Vital statistics of India. Vol. IV, Annual returns from 1871 to 1876. British Army of India, Native Army and jails of Bengal
Year: 1871
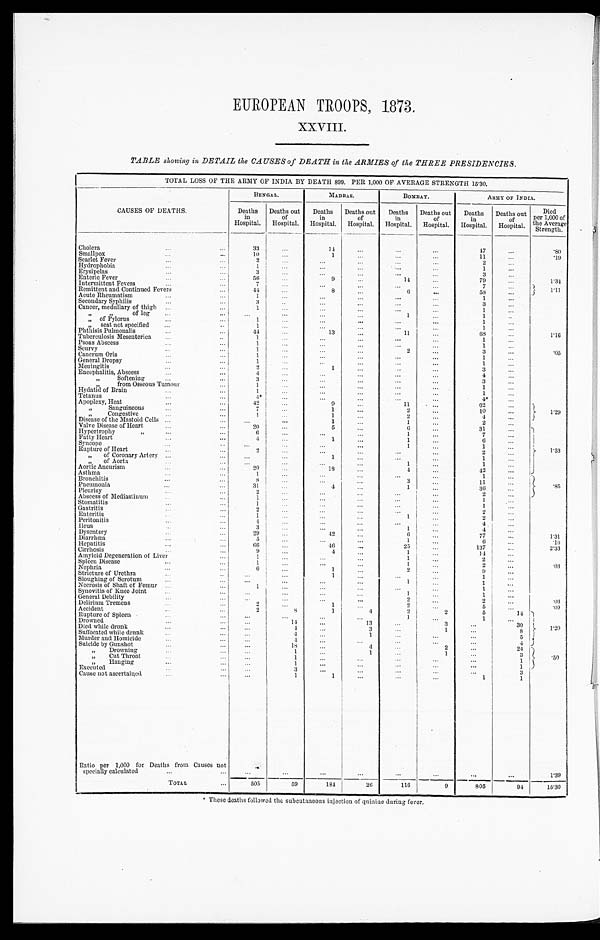
EUROPEAN TROOPS, 1873.
XXVIII.
TABLE showing in DETAIL the CAUSES of DEATH in the ARMIES of the THREE PRESIDENCIES.
TOTAL LOSS OF THE ARMY OF INDIA BY DEATH 899. PER 1,000 OF AVERAGE STRENGTH 15.30.
CAUSES OF DEATHS.
BENGAL.
MADRAS.
BOMBAY.
ARMY OF INDIA.
Deaths
in
Hospital.
Deaths out
of
Hospital.
Deaths
in
Hospital.
Deaths out
of
Hospital
Deaths
in
Hospital.
Deaths out
of
Hospital.
Deaths
in
Hospital.
Deaths out
of
Hospital.
Died
Per 1,000 of
the Average
Strength.
Cholera . . .
33
. . . .
14
. . . .
. . . .
. . . .
47
. . . .
.80
Smallpox. . . .
10
. . . .
1 . . . .
. . . .
. . . .
11 . . . .
.19
Scarlet Fever. . . .
2
. . . .
. . . .
. . . .
. . . .
. . . .
2 . . . .
Hydrophobia. . . .
1
. . . .
. . . .
. . . .
. . . .
. . . .
1
. . . .
Erysipelas. . . .
3
. . . .
. . . .
. . . .
. . . .
. . . .
3
. . . .
Enteric Fever. . .
56
. . . .
9
. . . .
14
. . . .
79
. . . .
1.34
Intermittent Fevers. . .
7
. . . .
. . . .
. . . .
. . . .
. . . .
7
. . . .
1 . 1 1
Remittent and Continued Fevers. . . .
4 4
. . . .
8
. . . .
6
. . . .
58
. . . .
Acute Rheumatism. . .
1
. . . .
. . . .
. . . .
. . . .
. . . .
1
. . . .
Secondary Syphilis. . .
3
. . . .
. . . .
. . . .
. . . .
. . . .
3
. . . .
Cancer, medullary of thigh . . .
1
. . . .
. . . .
. . . .
. . . .
. . . .
1
. . . .
" of leg. . .
. . . .
. . . .
. . . .
. . . .
1
. . . .
1
. . . .
" of Pylorus . . .
. . . .
. . . .
. . . .
. . . .
. . . .
. . . .
1
. . . .
. . . .
" seat not specified . . .
1
. . . .
. . . .
. . . .
. . . .
. . . .
1
. . . .
Phthisis Puhnonalis . . .
44
. . . .
13
. . . .
11
. . . .
68
. . . .
1.16
Tuberculosis Mesenterica . . .
1
. . . .
. . . .
. . . .
. . . .
. . . .
1
. . . .
Psoas Abscess . . .
1
. . . .
. . . .
. . . .
. . . .
. . . .
1
. . . .
Scurvy . . .
1
. . . .
. . . .
. . . .
2
. . . .
3
. . . .
.05
Cancrum Oris . . .
1
. . . .
. . . .
. . . .
. . . .
. . . .
1
. . . .
General Dropsy . . .
1
. . . .
. . . .
. . . .
. . . .
. . . .
1
. . . .
Meningitis . . .
2
. . . .
1
. . . .
. . . .
. . . .
3
. . . .
Encephalitis, Abscess . . .
4
. . . .
. . . .
. . . .
. . . .
. . . .
4
. . . .
" Softening . . .
3
. . . .
. . . .
. . . .
. . . .
. . . .
3
. . . .
" from Osseous Tumour . . .
1
. . . .
. . . .
. . . .
. . . .
. . . .
1
. . . .
Hydatid of Brain . . .
1
. . . .
. . . .
. . . .
. . . .
. . . .
1
. . . .
Tetanus . . .
4*
. . . .
. . . .
. . . .
. . . .
. . . .
4*
. . . .
Apoplexy, Heat . . .
42
. . . .
9
. . . .
11
. . . .
62
. . . .
" Sanguineous . . .
7
. . . .
1
. . . .
2
. . . .
10
. . . .
1.29
" Congestive . . .
1 . . . .
1
. . . .
2
. . . .
4
. . . .
Disease of the Mastoid Cells . . .
. . . .
. . . .
1
. . . .
1
. . . .
2
. . . .
Valve Disease of Heart . . .
20
. . . .
5
. . . .
6
. . . .
31
. . . .
Hypertrophy . . .
6
. . . .
. . . .
. . . .
1
. . . .
7
. . . .
1.53
Fatty Heart . . .
4
. . . .
1
. . . .
1
. . . .
6
. . . .
Syncope . . .
. . . .
. . . .
. . . .
. . . .
1
. . . .
1
. . . .
Rupture of Hear . . .
2
. . . .
. . . .
. . . .
. . . .
. . . .
2
. . . .
" of Coronary Artery . . .
. . . .
. . . .
1
. . . .
. . . .
. . . .
1
. . . .
" of Aort a . . .
. . . .
. . . .
. . . .
. . . .
1
. . . .
1
. . . .
Aortic Aneurism . . .
20
. . . .
18
. . . .
4
. . . .
42
. . . .
Asthma . . .
1
. . . .
. . . .
. . . .
. . . .
. . . .
. . . .
1
. . . .
.85
Bronchitis . . .
8
. . . .
. . . .
. . . .
3
. . . .
1 1
. . . .
Pneumonia . . .
31
. . . .
4
. . . .
1
. . . .
36
. . . .
Pleurisy . . .
2
. . . .
. . . .
. . . .
. . . .
. . . .
2
. . . .
Abscess of Mediastinum . . .
1
. . . .
. . . .
. . . .
. . . .
. . . .
1
. . . .
Stomatitis . . .
1
. . . .
. . . .
. . . .
. . . .
. . . .
1
. . . .
Gastritis . . .
2
. . . .
. . . .
. . . .
. . . .
. . . .
2 . . . .
Enteritis . . .
1
. . . .
. . . .
. . . .
. . . .
. . . .
2
. . . .
Peritonitis . . .
4
. . . .
. . . .
. . . .
. . . .
. . . .
4
. . . .
Ileus . . .
3 . . . .
. . . .
. . . .
. . . .
. . . .
4
. . . .
Dysentery . . .
29
. . . .
42
. . . .
6
. . . .
7 7
. . . .
1.31
Diarrhœa . . .
5
. . . .
. . . .
. . . .
1
. . . .
6 . . . .
. 1 0
Hepatitis . . .
66
. . . .
46
. . . .
25
. . . .
137
. . . .
2.33
Cirrhosis . . .
9
. . . .
4
. . . .
1
. . . .
1 4
. . . .
Amyloid Degeneration of Liver . . .
1
. . . .
. . . .
. . . .
1
. . . .
2
. . . .
. . . .
Spleen Disease . . .
1
. . . .
. . . .
. . . .
1
. . . .
2
. . . .
. 0 3
Nephria . . .
6
. . . .
1
. . . .
2
. . . .
9
. . . .
. . . .
Stricture of Urethra . . .
. . . .
. . . .
1
. . . .
. . . .
. . . .
1
. . . .
. . . .
Sloughing of Scrotum . . .
. . . .
. . . .
. . . .
. . . .
1
. . . .
1
. . . .
. . . .
Necrosis of Shaft of Femur . . .
1
. . . .
. . . .
. . . .
. . . .
. . . .
1
. . . .
Synovitis of Knee Joint . . .
. . . .
. . . .
. . . .
. . . .
1
. . . .
1
. . . .
. . . .
General Debility . . .
. . . .
. . . .
. . . .
. . . .
2
. . . .
2
. . . .
. 0 3
Delirium Tremens . . .
2
. . . .
1
. . . .
2
. . . .
5
. . . .
. 0 9
Accident . . .
2
8
1
4
2
2
5
14
Rupture of Spleen . . .
. . . .
. . . .
. . . .
. . . .
1
. . . .
1
1 . 2 0
Drowned . . .
. . . .
14
. . . .
13
. . . .
3
. . . .
3 0
Died while drunk . . .
. . . .
4
. . . .
3
. . . .
1
. . . .
8
Suffocated while drunk . . .
. . . .
4
. . . .
1
. . . .
. . . .
. . . .
5
Murder and Homicide . . .
. . . .
4
. . . .
. . . .
. . . .
. . . .
. . . .
4
Suicide by Gunshot . . .
. . . .
1 8
. . . .
. . . .
. . . .
2
. . . .
24
" D r o w n i n g . . .
. . . .
1
. . . .
1
. . . .
1
. . . .
.50
3
„ " Cut Throat . . .
. . . .
1
. . . .
. . . .
. . . .
. . . .
. . . .
1
„ " Hanging . . .
. . . .
1
. . . .
. . . .
. . . .
. . . .
. . . .
1
Executed . . .
3
. . . .
. . . .
. . . .
. . . .
. . . .
3
Cause not ascertained . . .
. . . .
1
1
. . . .
. . . .
. . . .
1
1
Ratio per 1,000 for Deaths from Causes not
specially calculated . . .
. . . .
. . . .
. . . .
. . . .
. . . .
. . . .
. . . .
. . . .
1 . 3 9
TOTAL . . .
505
59
184
26
116
9
805
94
15.30
* These deaths followed the subcutaneous injection of quinine during fever.